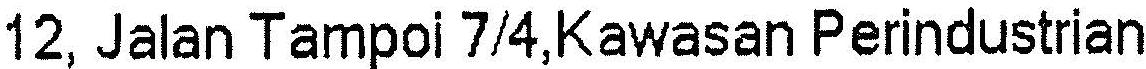
12, JALAN TAMPOI 7/4,KAWASAN PERINDUSTRIAN